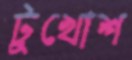
টুখোশ